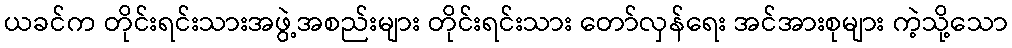
ယခင်က တိုင်းရင်းသားအဖွဲ့အစည်းများ တိုင်းရင်းသား တော်လှန်ရေး အင်အားစုများ ကဲ့သို့သော